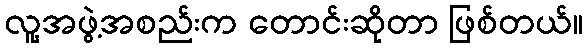
လူ့အဖွဲ့အစည်းက တောင်းဆိုတာ ဖြစ်တယ်။